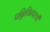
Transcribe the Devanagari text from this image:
पन्नियिन्पल्ली